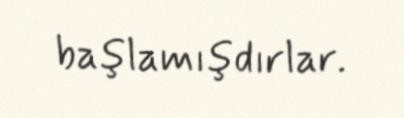
başlamışdırlar.